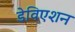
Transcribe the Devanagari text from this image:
डेविएशन